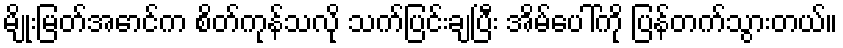
မျိုးမြတ်အောင်က စိတ်ကုန်သလို သက်ပြင်းချပြီး အိမ်ပေါ်ကို ပြန်တက်သွားတယ်။